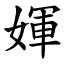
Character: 媈